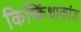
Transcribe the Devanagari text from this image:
किष्किंधाकांड